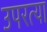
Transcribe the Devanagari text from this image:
उपरत्या